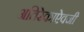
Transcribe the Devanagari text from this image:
अतिरेकाऐवजी